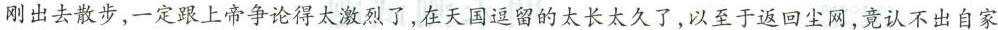
刚出去散步，一定跟上帝争论得太激烈了，在天国逗留的太长太久了，以至于返回尘网，竟认不出自家